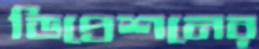
ডিপ্রেশনের